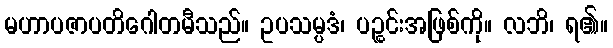
မဟာပဇာပတိဂေါတမီသည်။ ဥပသမ္ပဒံ၊ ပဉ္စင်းအဖြစ်ကို။ လဘိ၊ ရ၏။